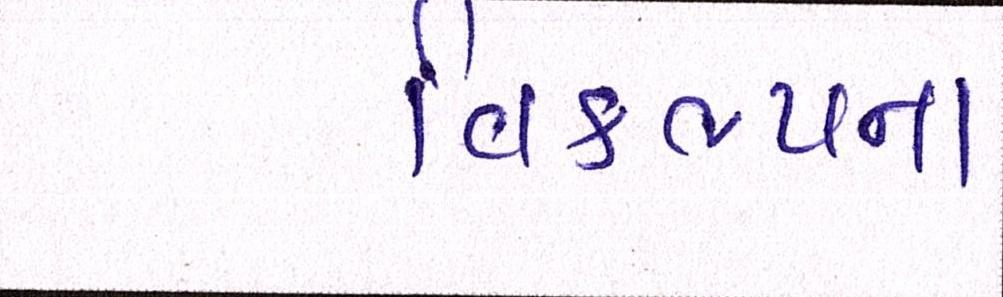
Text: વિકલ્પના